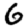
Digit: 6